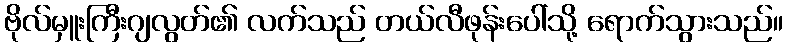
ဗိုလ်မှူးကြီးဂျလွတ်၏ လက်သည် တယ်လီဖုန်းပေါ်သို့ ရောက်သွားသည်။